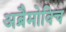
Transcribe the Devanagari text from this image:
अब्रैमोविच